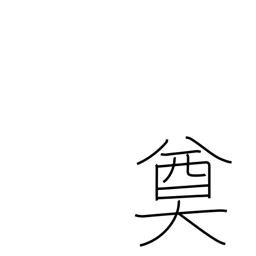
Meaning: decision